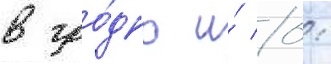
в гро́дно и́ 0: